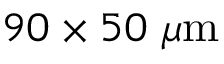
9 0 \times 5 0 ~ \mu \mathrm { m }